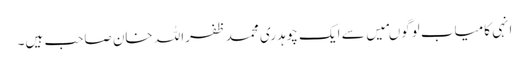
انہی کامیاب لوگوںمیں سے ایک چوہدری محمد ظفراللہ خان صاحب ہیں۔